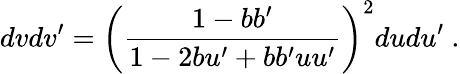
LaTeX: dvdv^{\prime}=\left(\frac{1-bb^{\prime}}{1-2bu^{\prime}+bb^{\prime}uu^{\prime}}\right)^{2}dudu^{\prime}~.